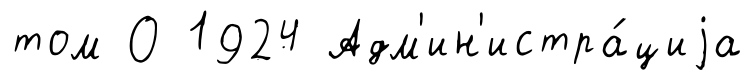
том О 1924 Адм'ин'истра́циjа